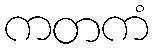
ကတကံ